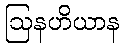
ဩနဟိယာန